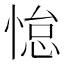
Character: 𫺭